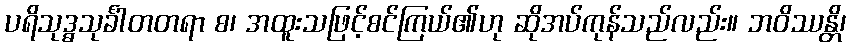
ပရိသုဒ္ဓသုင်္ခါတတရာ စ၊ အထူးသဖြင့်စင်ကြယ်၏ဟု ဆိုအပ်ကုန်သည်လည်း။ ဘဝိဿန္တိ၊